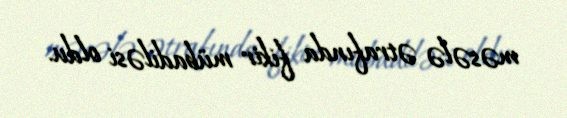
məsələ ətrafında fikir mübadiləsi oldu.